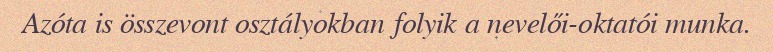
Azóta is összevont osztályokban folyik a nevelői-oktatói munka.